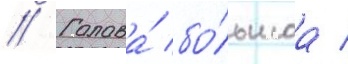
// Голова́ бо́льшаа /